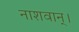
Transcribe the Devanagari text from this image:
नाशवान्।